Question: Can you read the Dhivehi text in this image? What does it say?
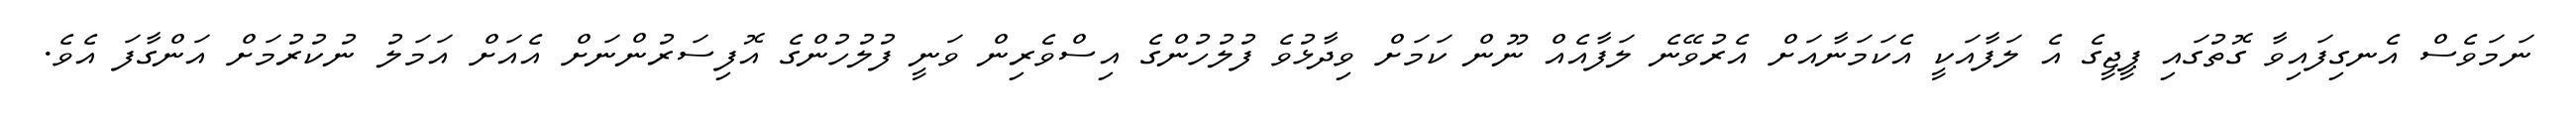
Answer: ނަމަވެސް އެނގިފައިވާ ގޮތުގައި ޕީޖީގެ އެ ލަފާއަކީ އެކަމަނާއަށް އެރުވޭނެ ލަފާއެއް ނޫން ކަމަށް ވިދާޅުވެ ފުލުހުންގެ އިސްވެރިން ވަނީ ފުލުހުންގެ އޮފިސަރުންނަށް އެއަށް އަމަލު ނުކުރުމަށް އަންގާފަ އެވެ.